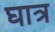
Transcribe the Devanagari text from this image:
घात्र